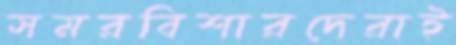
সমরবিশারদেরাই